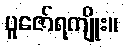
ပူဇော်ရကျိုး။